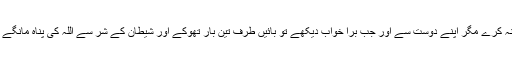
پس جب تم میں سے کوئی اچھا خواب دیکھے تو بیان نہ کرے مگر اپنے دوست سے اور جب بُرا خواب دیکھے تو بائیں طرف تین بار تھوکے اور شیطان کے شر سے اللہ کی پناہ مانگے اور کسی سے بیان نہ کرے تو اس کو نقصان نہ ہو گا۔